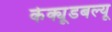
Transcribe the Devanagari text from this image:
केक्यूडबल्यू